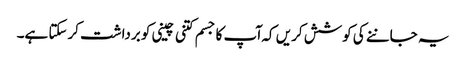
یہ جاننے کی کوشش کریں کہ ا ٓپ کا جسم کتنی چینی کو برداشت کرسکتا ہے۔